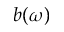
b ( \omega )